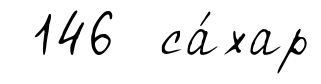
146 са́хар